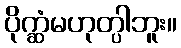
ပိုက္ဆံမဟုတ္ပါဘူး။